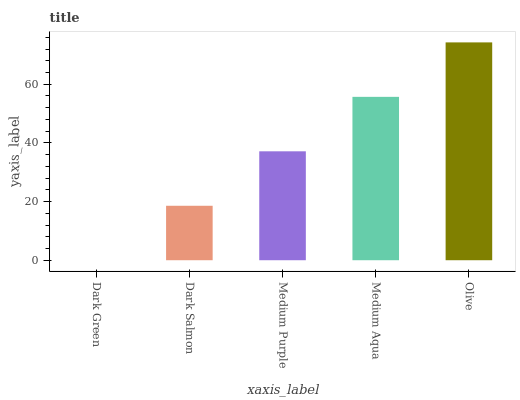
| xaxis_label | bars |
 | --- | --- |
 | Dark Green | 0 |
 | Dark Salmon | 18.6 |
 | Medium Purple | 37.1 |
 | Medium Aqua | 55.7 |
 | Olive | 74.3 |